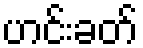
ဟင်းခတ်